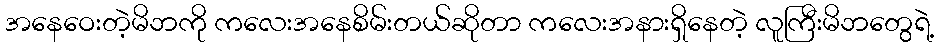
အနေဝေးတဲ့မိဘကို ကလေးအနေစိမ်းတယ်ဆိုတာ ကလေးအနားရှိနေတဲ့ လူကြီးမိဘတွေရဲ့